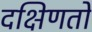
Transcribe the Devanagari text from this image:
दक्षिणतो